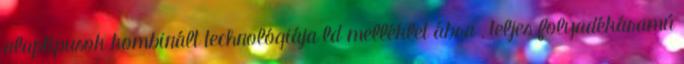
alaptípusok kombinált technológiája ld melléklet ábra , teljes folyadékáramú